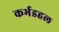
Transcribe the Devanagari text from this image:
कर्भडहल